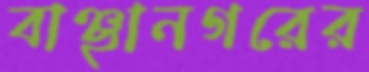
বাঞ্ছানগরের